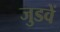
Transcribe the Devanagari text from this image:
जुडवें